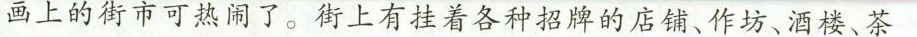
画上的街市可热闹了。街上有挂着各种招牌的店铺、作坊、酒楼、茶